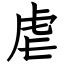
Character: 虐